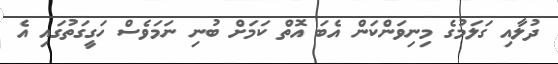
ދުލާއި ގަލަމުގެ މިނިވަންކަން އެބަ އޮތް ކަމަށް ބުނި ނަމަވެސް ހަގީގަތުގައި އެ